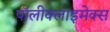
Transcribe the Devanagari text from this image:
पॉलीक्लाइमेक्स